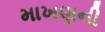
માખણની